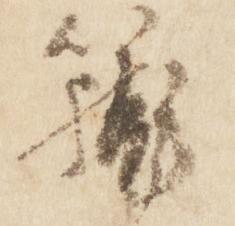
籠